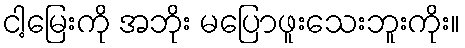
ငါ့မြေးကို အဘိုး မပြောဖူးသေးဘူးကိုး။